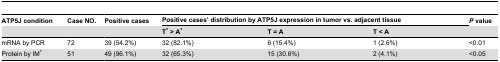
| ATP5J condition | Case NO. | Positive cases | <COLSPAN=3> Positive cases’ distribution by ATP5J expression in tumor vs. adjacent tissue | P value |
 |  |  |  | T* > A* | T = A | T < A |  |
 | --- | --- | --- | --- | --- | --- | --- |
 | mRNA by PCR | 72 | 39 (54.2%) | 32 (82.1%) | 6 (15.4%) | 1 (2.6%) | <0.01 |
 | Protein by IM* | 51 | 49 (96.1%) | 32 (65.3%) | 15 (30.6%) | 2 (4.1%) | <0.05 |